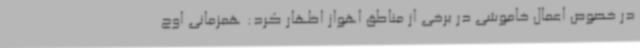
در خصوص اعمال خاموشی در برخی از مناطق اهواز اظهار کرد: همزمانی اوج